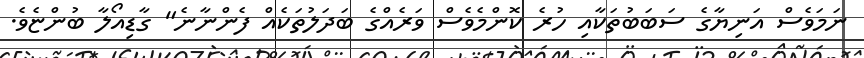
ނަމަވެސް އަނިޔާގެ ސަބަބުތަކާއި ހުރެ ކޮންމެވެސް ވަރެއްގެ ބަދަލުތަކެއް ފެންނާނެ" ގާޑިއޯލާ ބުންޏެވެ.